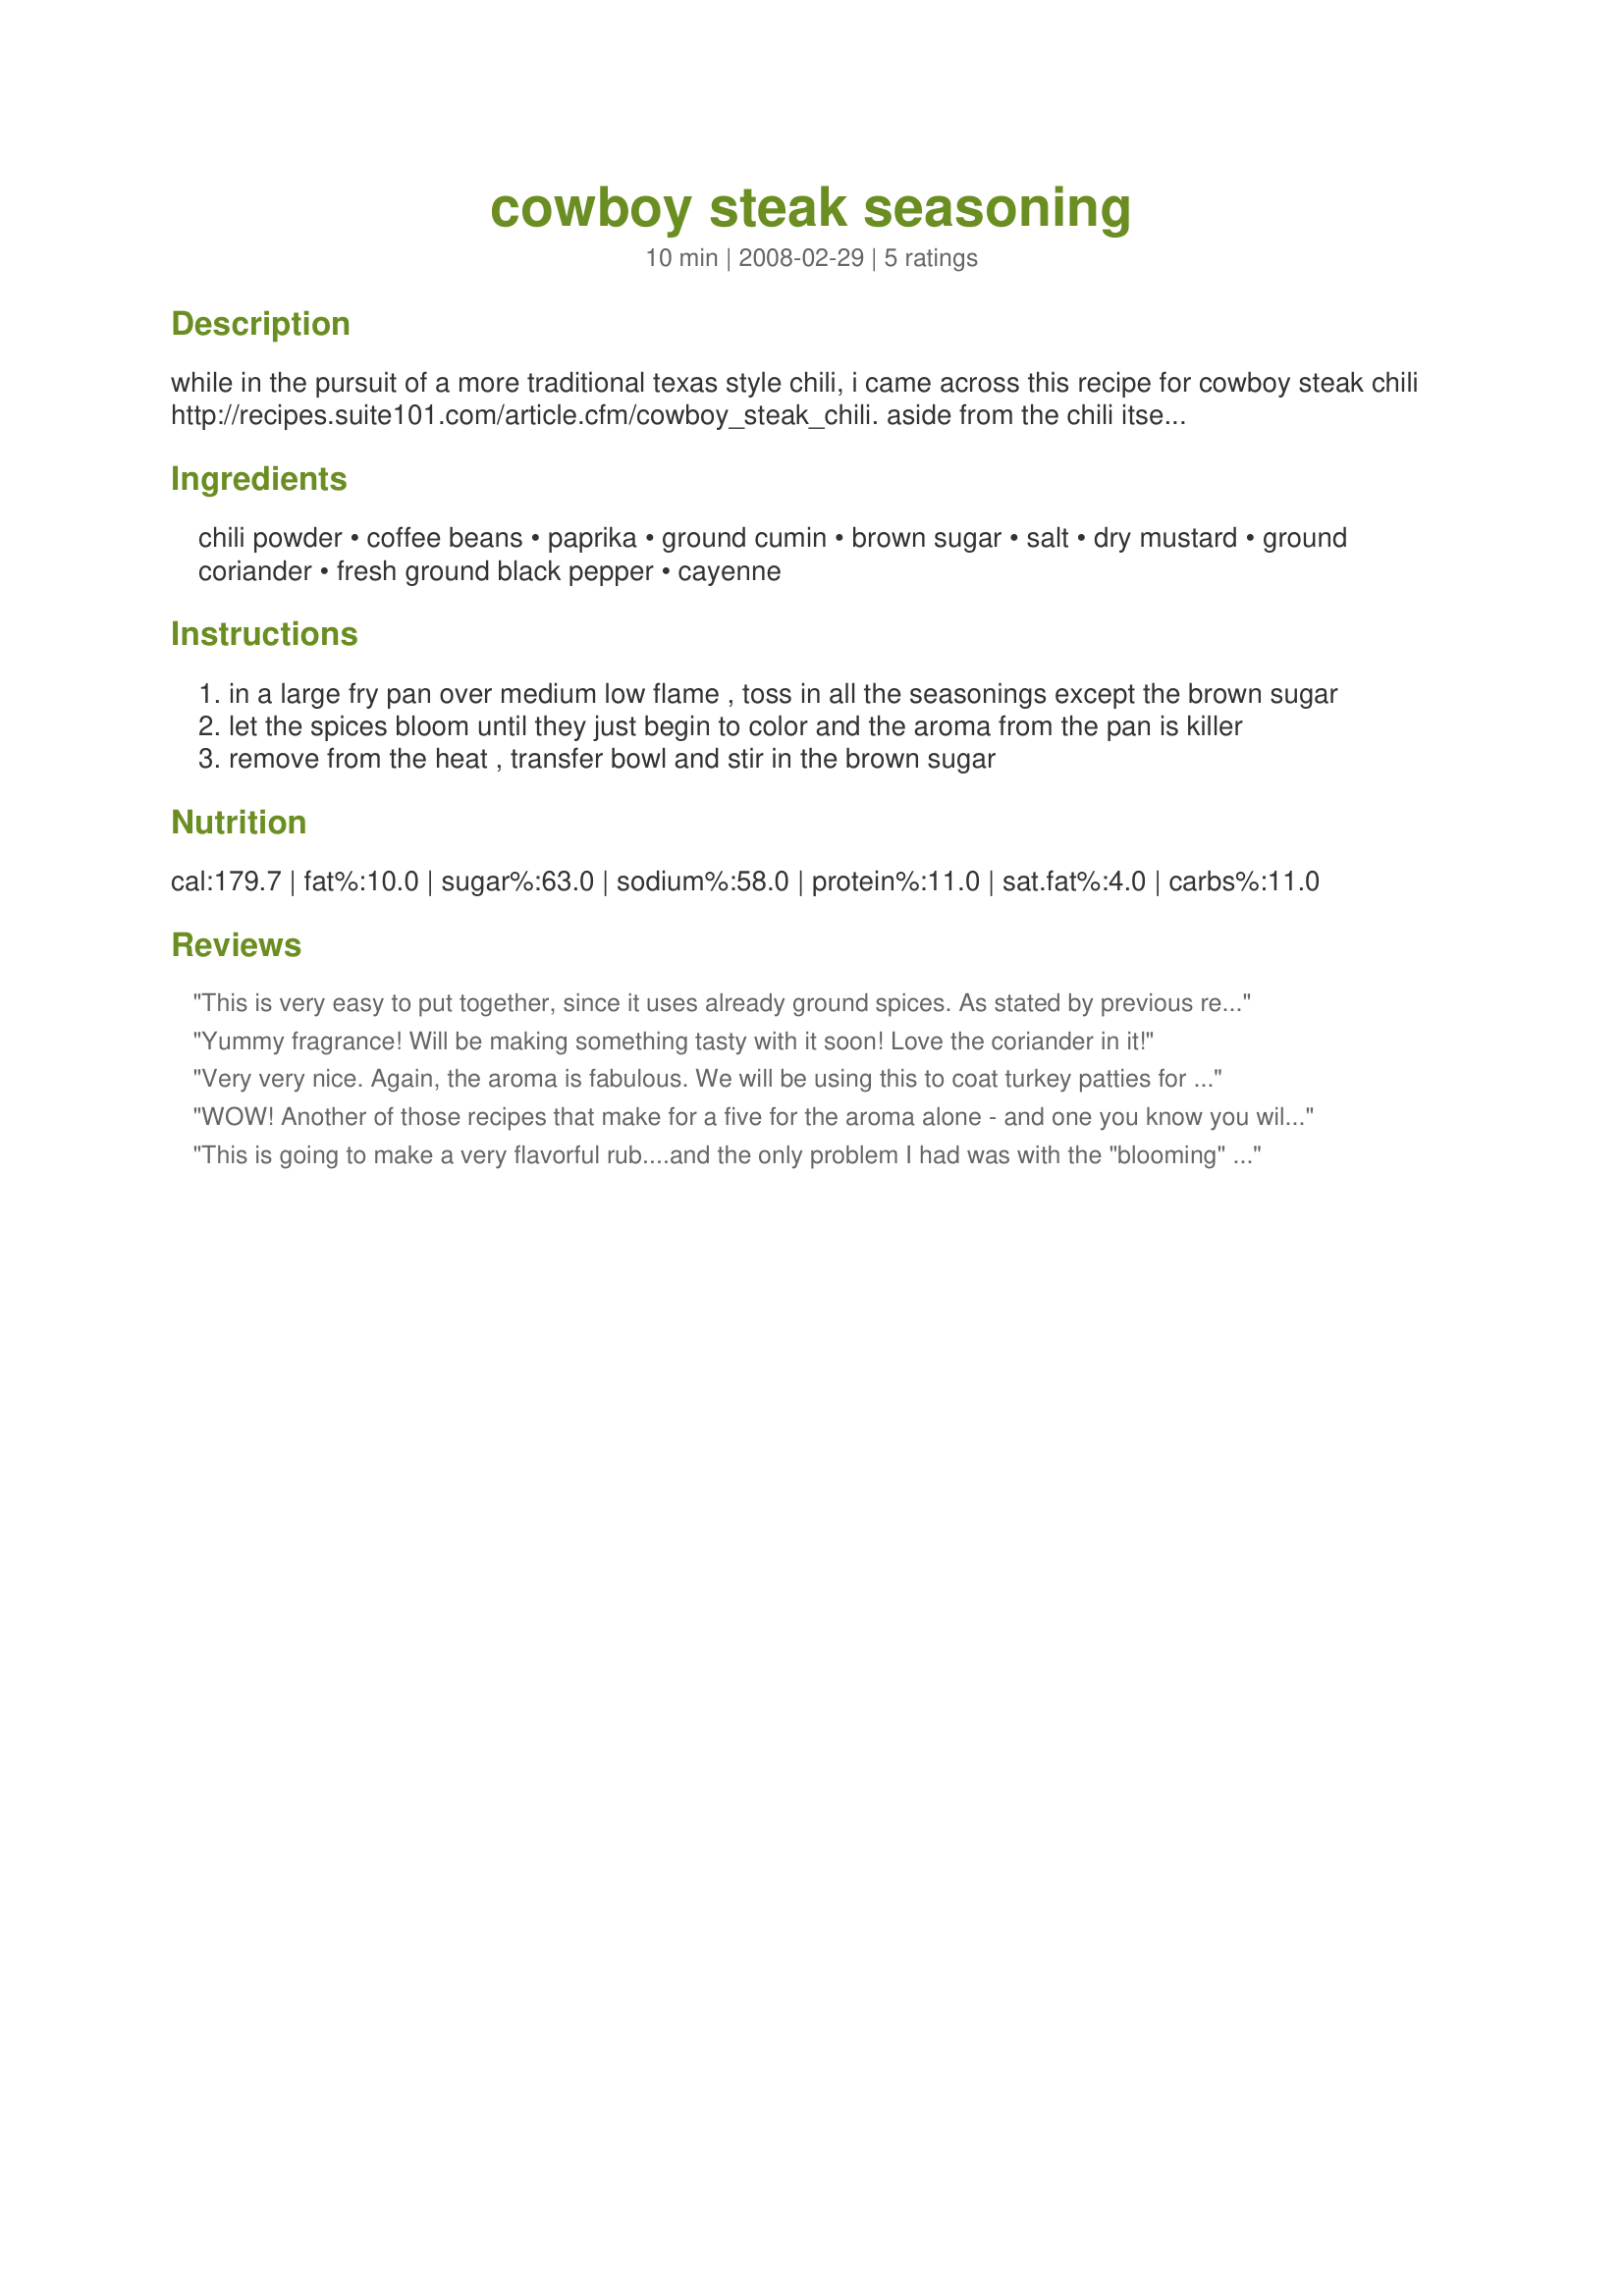
cowboy steak seasoning
Preparation time: 10 minutes

while in the pursuit of a more traditional texas style chili, i came across this recipe for cowboy steak chili http://recipes.suite101.com/article.cfm/cowboy_steak_chili. aside from the chili itself, the recipe includes this fabulous cowboy steak seasoning, used to season the steak in this chili. see my posting for the cowboy steak chili recipe. yeehaa

Ingredients:
chili powder, coffee beans, paprika, ground cumin, brown sugar, salt, dry mustard, ground coriander, fresh ground black pepper, cayenne

Steps:
in a large fry pan over medium low flame , toss in all the seasonings except the brown sugar
let the spices bloom until they just begin to color and the aroma from the pan is killer
remove from the heat , transfer bowl and stir in the brown sugar

Reviews:
This is very easy to put together, since it uses already ground spices. As stated by previous reviewer, the aroma is terrific. I used it to coat boneless, skinless chicken breast, which I then baked. Very tasty! I think it would be good on pork chops, also. Made for Winter 2010 Comfort Cafe Recipe of the Day.
Yummy fragrance! Will be making something tasty with it soon! Love the coriander in it!
Very very nice. Again, the aroma is fabulous. We will be using this to coat turkey patties for dinner tomorrow. Excellent aromas I cannot wait to eat it now.
WOW! Another of those recipes that make for a five for the aroma alone - and one you know you will make again and again! Tossing those seasonings into that pan made for double wows. Prefect on burgers, chicken and I am sure it would be equally good on steak. Have yet to use it for your recipe#289271 - be assured I well! ! Thank you for a great seasoning to add to my collection.
This is going to make a very flavorful rub....and the only problem I had was with the "blooming" of the spices. I have a respitory problem, and I almost choked to death on the fragrance. So a word of caution......If you suffer from breathing problems, make sure you make this in a WELL VENTILATED kitchen. Made for Comfort Cafe Snow Queen Chalet Jan 2010.
